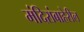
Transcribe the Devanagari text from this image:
मंदिरांबाहेरील